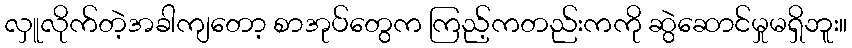
လှူလိုက်တဲ့အခါကျတော့ စာအုပ်တွေက ကြည့်ကတည်းကကို ဆွဲဆောင်မှုမရှိဘူး။